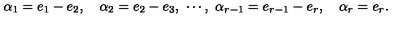
\alpha _ { 1 } = e _ { 1 } - e _ { 2 } , \quad \alpha _ { 2 } = e _ { 2 } - e _ { 3 } , \ \cdots , \ \alpha _ { r - 1 } = e _ { r - 1 } - e _ { r } , \quad \alpha _ { r } = e _ { r } .